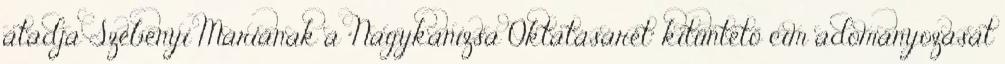
átadja Szebenyi Máriának a “Nagykanizsa Oktatásárét” kitüntető cím adományozását